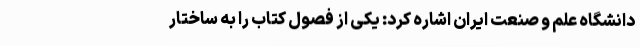
دانشگاه علم و صنعت ایران اشاره کرد: یکی از فصول کتاب را به ساختار